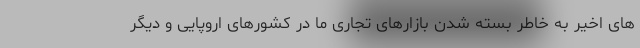
های اخیر به خاطر بسته شدن بازارهای تجاری ما در کشورهای اروپایی و دیگر